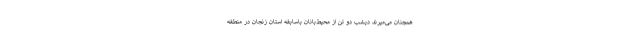
همچنان می‌میرند دیشب دو تن از محیط‌بانان باسابقه استان زنجان در منطقه